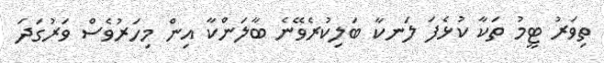
ތިވަރު ޓީމު ތަކާ ކުޅެފަ ލަނކާ ބަލިކުރެވޭނެ ބާލަންކާ އިން މިހަަރުވެސް ވަރުގަދަ